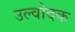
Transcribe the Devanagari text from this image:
उल्वोदक